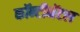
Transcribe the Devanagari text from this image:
कॉन्टीनेंटल